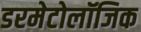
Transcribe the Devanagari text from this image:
डरमेटोलॉजिक